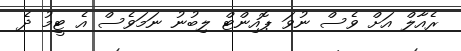
ރެއާލް އަށް ވެސް ނުވަ ޕޮއިންޓް ލިބުނު ނަމަވެސް އެ ޓީމު ދެ